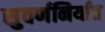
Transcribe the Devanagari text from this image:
सुवर्णनिर्यात